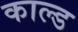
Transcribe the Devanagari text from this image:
काल्ड